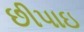
છીપાઇ